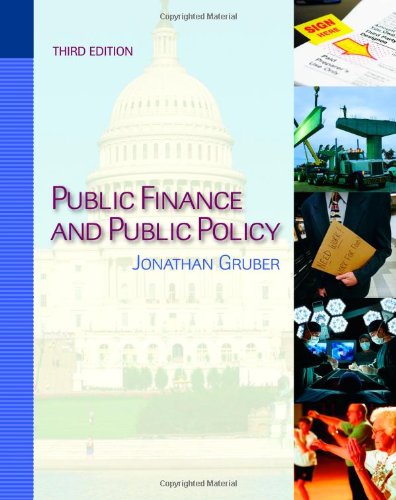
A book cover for Public Finance and Public Policy; Jonathan Gruber; Business & Money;